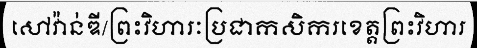
សៅវ៉ាន់ឌី/ព្រះវិហារៈប្រជាកសិករខេត្តព្រះវិហារ